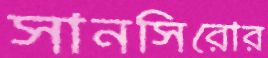
সানসিরোর